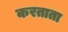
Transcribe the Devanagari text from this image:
करताता